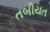
તબીયત